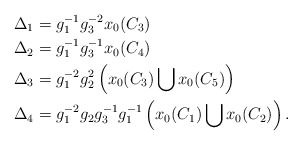
\begin{align*} \Delta_1&=g_1^{-1}g_3^{-2}x_0(C_3)\\ \Delta_2&= g_1^{-1}g_3^{-1}x_0(C_4) \\ \Delta_3&=g_1^{-2}g_2^{2}\left(x_0(C_3)\bigcup x_0(C_5)\right)\\ \Delta_4&= g_1^{-2}g_2g_3^{-1}g_1^{-1}\left(x_0(C_1)\bigcup x_0(C_2)\right).\end{align*}